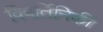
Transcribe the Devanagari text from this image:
विवर्तिनिकी